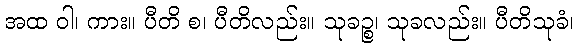
အထ ဝါ၊ ကား။ ပီတိ စ၊ ပီတိလည်း။ သုခဉ္စ၊ သုခလည်း။ ပီတိသုခံ၊